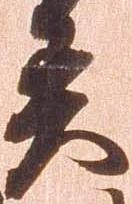
異